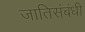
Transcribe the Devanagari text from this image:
जातिसंबंधी